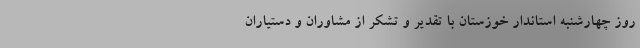
روز چهارشنبه استاندار خوزستان با تقدیر و تشکر از مشاوران و دستیاران